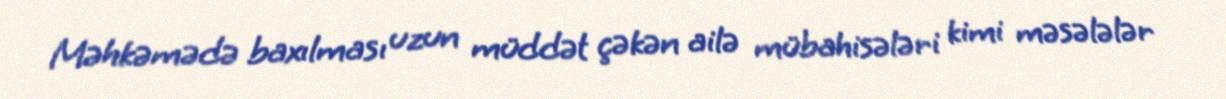
Məhkəmədə baxılması uzun müddət çəkən ailə mübahisələri kimi məsələlər